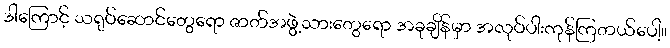
ဒါကြောင့် သရုပ်ဆောင်တွေရော ဇာတ်အဖွဲ့သားတွေရော အခုချိန်မှာ အလုပ်ပါးကုန်ကြတယ်ပေါ့။